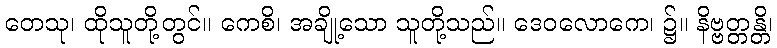
တေသု၊ ထိုသူတို့တွင်။ ကေစိ၊ အချို့သော သူတို့သည်။ ဒေဝလောကေ၊ ၌။ နိဗ္ဗတ္တန္တိ၊